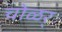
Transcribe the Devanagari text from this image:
चोळर्